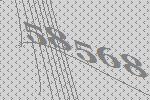
58568